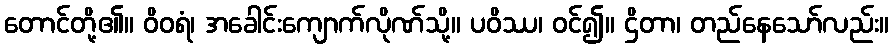
တောင်တို့၏။ ဝိဝရံ၊ အခေါင်းကျောက်လိုဏ်သို့။ ပဝိဿ၊ ဝင်၍။ ဌိတာ၊ တည်နေသော်လည်း။